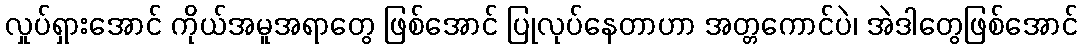
လှုပ်ရှားအောင် ကိုယ်အမူအရာတွေ ဖြစ်အောင် ပြုလုပ်နေတာဟာ အတ္တကောင်ပဲ၊ အဲဒါတွေဖြစ်အောင်